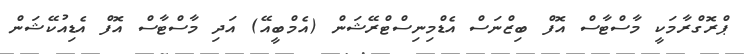
ޕްރޮގްރާމަކީ މާސްޓާސް އޮފް ބިޒްނަސް އެޑްމިނިސްޓްރޭޝަން (އެމްބީއޭ) އަދި މާސްޓާސް އޮފް އެޑިއުކޭޝަން